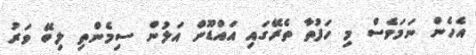
އެހެން ނަމަވެސް މި ހަފުތާ ތެރޭގައި އައްޑޫން އަލުން ސިމެންތި ލިބޭ ވަރު